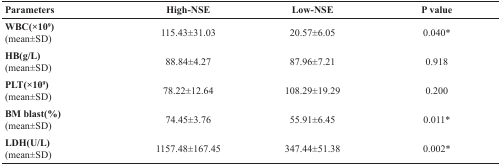
<table><thead><tr><td><b>Parameters</b></td><td><b>High-NSE</b></td><td><b>Low-NSE</b></td><td><b>P value</b></td></tr></thead><tbody><tr><td><b>WBC(×10<sup>9</sup>)</b>(mean±SD)</td><td>115.43±31.03</td><td>20.57±6.05</td><td>0.040*</td></tr><tr><td><b>HB(g/L)</b>(mean±SD)</td><td>88.84±4.27</td><td>87.96±7.21</td><td>0.918</td></tr><tr><td><b>PLT(×10<sup>9</sup>)</b>(mean±SD)</td><td>78.22±12.64</td><td>108.29±19.29</td><td>0.200</td></tr><tr><td><b>BM blast(%)</b>(mean±SD)</td><td>74.45±3.76</td><td>55.91±6.45</td><td>0.011*</td></tr><tr><td><b>LDH(U/L)</b>(mean±SD)</td><td>1157.48±167.45</td><td>347.44±51.38</td><td>0.002*</td></tr></tbody></table>